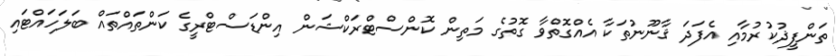
ތަންފީޛުކުރުމާއި އެފަދަ ޤާނޫނުތަކާ އެއްގޮތްވާ ގޮތުގެ މަތިން ކޮންސްޓްރަކްޝަން އިންޑަސްޓްރީގެ ކަންތައްތައް ބަލަހައްޓައި